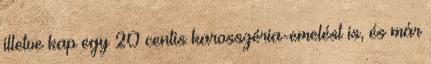
illetve kap egy 20 centis karosszéria-emelést is, és már